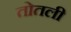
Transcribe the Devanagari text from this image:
तोतली